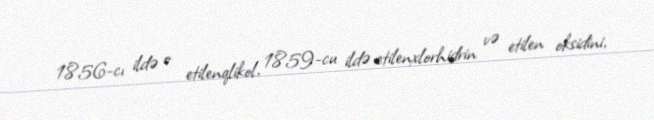
1856-cı ildə o etilenqlikol, 1859-cu ildə etilenxlorhidrin və etilen oksidini,